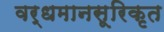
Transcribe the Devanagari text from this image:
वर्धमानसूरिकृत